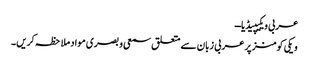
عربی ویکیپیڈیا ــ
ویکی کومنز پر عربی زبان سے متعلق سمعی و بصری مواد ملاحظہ کریں۔